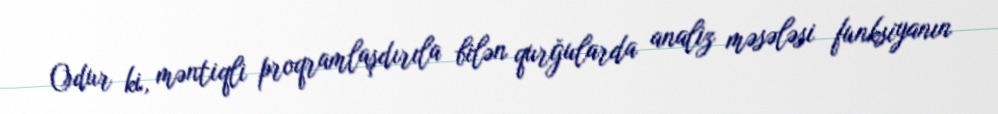
Odur ki, məntiqli proqramlaşdırıla bilən qurğularda analiz məsələsi funksiyanın